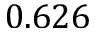
0 . 6 2 6